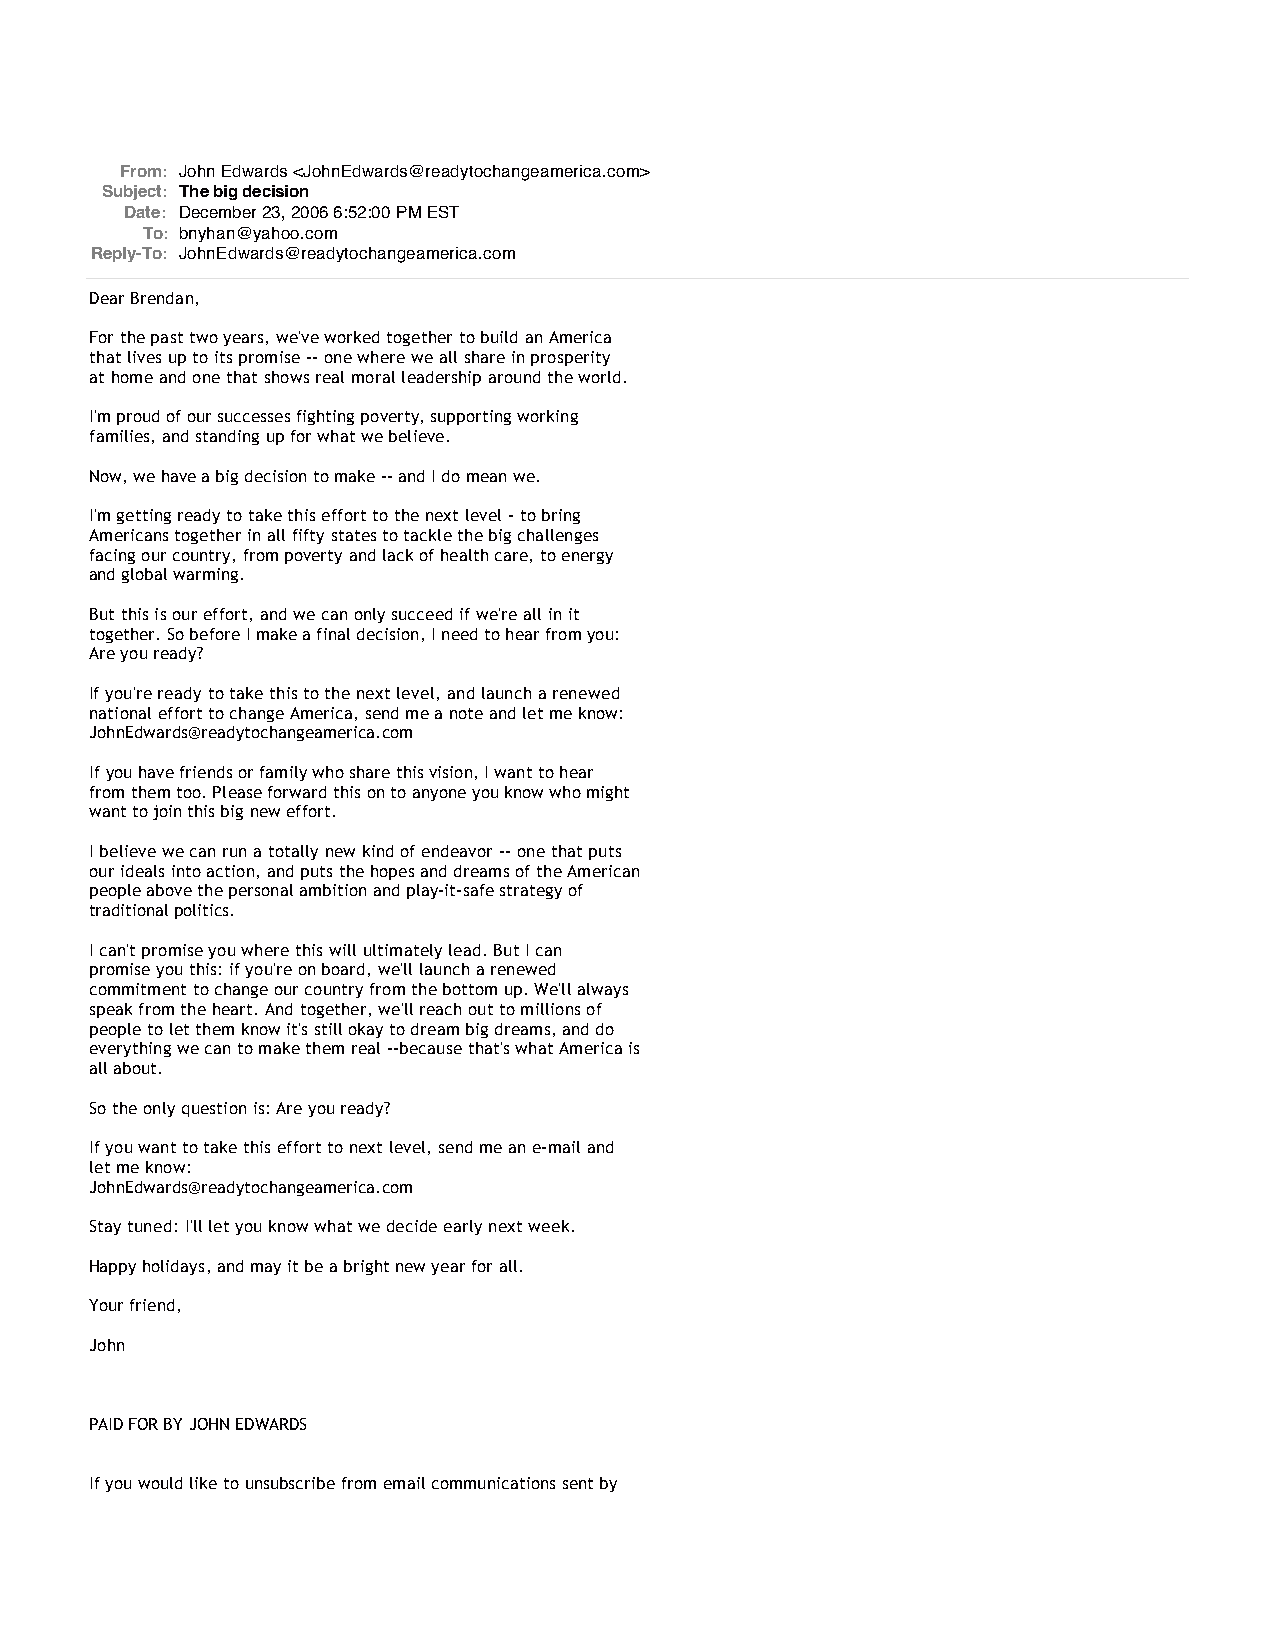
From: John Edwards <JohnEdwards@readytochangeamerica.com>
 Subject: The big decision
 Date: December 23, 2006 6:52:00 PM EST
 To: bnyhan@yahoo.com
 Reply-To: JohnEdwards@readytochangeamerica.com
 Dear Brendan,
 For the past two years, we've worked together to build an America
 that lives up to its promise -- one where we all share in prosperity
 at home and one that shows real moral leadership around the world.
 I'm proud of our successes fighting poverty, supporting working
 families, and standing up for what we believe.
 Now, we have a big decision to make -- and I do mean we.
 I'm getting ready to take this effort to the next level - to bring
 Americans together in all fifty states to tackle the big challenges
 facing our country, from poverty and lack of health care, to energy
 and global warming.
 But this is our effort, and we can only succeed if we're all in it
 together. So before I make a final decision, I need to hear from you:
 Are you ready?
 If you're ready to take this to the next level, and launch a renewed
 national effort to change America, send me a note and let me know:
 JohnEdwards@readytochangeamerica.com
 If you have friends or family who share this vision, I want to hear
 from them too. Please forward this on to anyone you know who might
 want to join this big new effort.
 I believe we can run a totally new kind of endeavor -- one that puts
 our ideals into action, and puts the hopes and dreams of the American
 people above the personal ambition and play-it-safe strategy of
 traditional politics.
 I can't promise you where this will ultimately lead. But I can
 promise you this: if you're on board, we'll launch a renewed
 commitment to change our country from the bottom up. We'll always
 speak from the heart. And together, we'll reach out to millions of
 people to let them know it's still okay to dream big dreams, and do
 everything we can to make them real --because that's what America is
 all about.
 So the only question is: Are you ready?
 If you want to take this effort to next level, send me an e-mail and
 let me know:
 JohnEdwards@readytochangeamerica.com
 Stay tuned: I'll let you know what we decide early next week.
 Happy holidays, and may it be a bright new year for all.
 Your friend,
 John
 PAID FOR BY JOHN EDWARDS
 If you would like to unsubscribe from email communications sent by